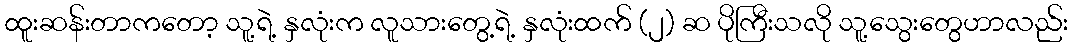
ထူးဆန်းတာကတော့ သူ့ရဲ့ နှလုံးက လူသားတွေ့ရဲ့ နှလုံးထက် (၂) ဆ ပိုကြီးသလို သူ့သွေးတွေဟာလည်း